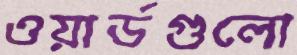
ওয়ার্ডগুলো